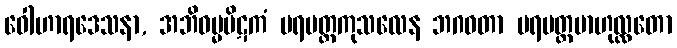
ဝေါဟာရဒေသနာ, အဘိဓမ္မပိဋကံ ပရမတ္ထကုသလေန ဘဂဝတာ ပရမတ္ထဗာဟုလ္လတော